Vaccination in Bombay 1913-1923 - 1913-1923
Year: 1913
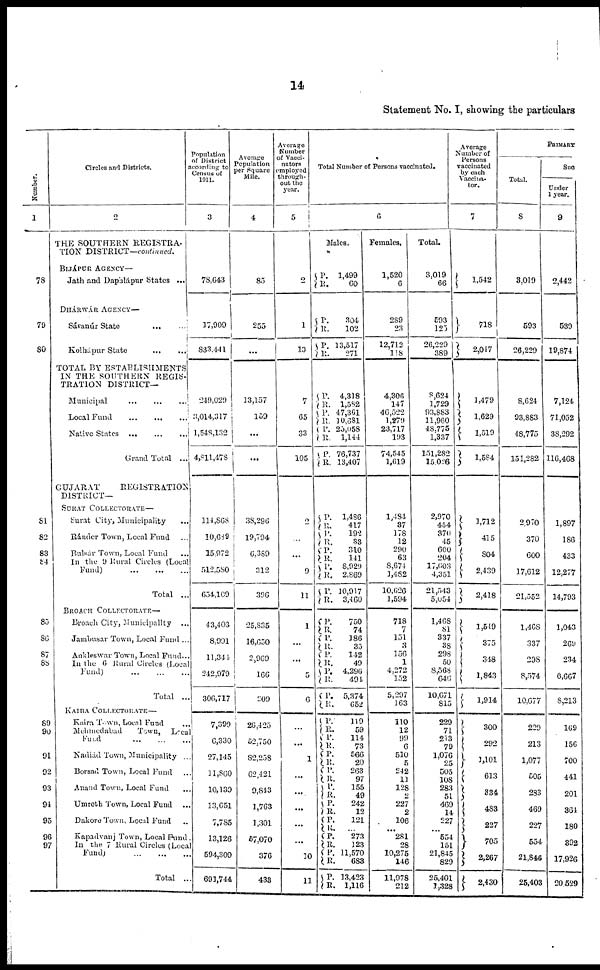
14
Statement No. I, showing the particulars
Number.
1
78
79
80
81
82
83
84
85
86
87
89
90
91
92
93
94
95
96
97
Circles and Districts.
2
THE SOUTHERN REGISTRA-
TION DISTRICT—continued.
BIJÁPUR AGENCY—
Jath and Dapálápur States ...
DHÁRWÁR AGENCY—
Sávanúr State ... ...
Kolhápur State
...
...
...
TOTAL BY ESTABLISHMENTS
IN THE SOUTHERN REGIS-
TRATION DISTRICT—
Municipal
...
...
...
Local Fund
...
...
...
Native States
...
...
...
Grand Total ...
GUJARAT
REGISTRATION
DISTRICT—
SURAT COLLECTORATE—
Surat City, Municipality ...
Ránder Town, Local Fund ...
Bulsár Town, Local Fund ...
In the 9 Rural Circles (Local
Fund)
...
...
...
Total ...
BROACH COLLECTORATE—
Broach City, Municipallty ...
Jambusar Town, Local Fund ...
Ankleswar Town, Local Fund...
In the 6 Rural Circles (Local
Fund) ... ... ...
Total ...
KAIRA COLLECTORATE—
Kaira Town, Local Fund ...
Mehmedabad Town, Local
Fund ... ... ...
Nadiád Town, Municipality ...
Borsad
Town, Local Fund ...
Anand Town, Local Fund ...
Umreth Town, Local Fund
Dakore Town, Local Fund
Kapadvanj Town, Local Fund.
In the 7 Rural Circles (Local
Fund) ... ... ...
Total ...
Population
of District
according to
Census of
1911.
3
78,643
17,909
833,441
249,029
3,014,317
1,548,132
4,811,478
114,868
10,689
15,972
512,580
654,109
43,403
8,991
11,344
242,979
306,717
7,399
6,330
27,145
11,860
10,139
13,651
7,785
13,126
594,309
691,744
Average
Population
per Square
Mile.
4
85
255
...
13,157
159
...
...
38,296
19,794
6,389
312
396
25,835
16,650
2,969
166
209
26,425
52,750
82,258
62,421
9,813
1,763
1,301
57,070
376
433
Average
Number
of Vacci¬
nators
employed
through-
out the
year.
5
2
1
13
7
65
33
105
2
...
...
9
11
1
...
...
5
6
...
...
1
...
...
...
...
...
10
11
Total Number of Persons vaccinated.
6
Males.
P.
R.
1,499
60
P.
R.
P.
R.
304
102
13,517
271
P.
R.
P.
R.
P.
R.
P.
R.
4,318
1,582
47,361
10,681
25,058
1,144
76,737
13,407
P.
R.
P.
R.
P.
R.
P.
R.
P.
R.
1,486
417
192
33
310
141
8,929
2,869
10,917
3,460
P.
R.
P.
R.
P.
R.
P.
R.
P.
R.
750
74
186
35
142
49
4,296
491
5,374
652
P.
R. P.
R.
P.
R.
P.
R.
P.
R.
P.
R.
P.
R.
P.
R.
P.
R.
P. R.
119
59
114
73
566
20
263
97
155
49
242
12
121
... 273
123
11,570
683
13,423
1,116
Females.
1,520
6
289
23
12,712
118
4,306
147
46,522
1,279
23,717
193
74,545
1,619
1,484
37
178
12
290
63
8,674
1,482
10,626
1,594
718
7
151
3
156
1
4,272
152
5,297
163
110
12
99
6
510
5
242
11
128
2
227
2
106
... 281
28
10,275
146
11,978
212
Total.
3,019
66
593
125
26,229
389
8,624
1,729
93,883
11,960
48,775
1,337
151,282
15,026
2,970
454
370
45
600
204
17,603
4,351
21,543
5,054
1,468
81
337
38
298
50
8,568
646
10,671
815
229
71
213
79
1,076
25
505
108
283
51
469
14
227
... 554
151
21,845
829
25,401
1,328
Average
Number of
Persons
vaccinated
by each
Vaccina¬
tor.
7
1,542
718
2,047
1,479
1,629
1,519
1,584
1,712
415
804
2,439
2,418
1,549
375
348
1,843
1,914
300
292
1,101
613
334
483
227
705
2,267
2,430
PRIMARY
Total.
8
3,019
593
26,229
8,624
93,883
48,775
151,282
2,970
370
600
17,612
21,552
1,468
337
298
8,574
10,677
229
213
1,077
505
283
469
227
554
21,846
25,403
Suc
Under
1 year.
9
2,442
539
19,874
7,124
71,052
38,292
116,468
1,897
186
433
12,277
14,793
1,043
269
234
6,667
8,213
169
156
700
441
201
364
180
392
17,926
20,529